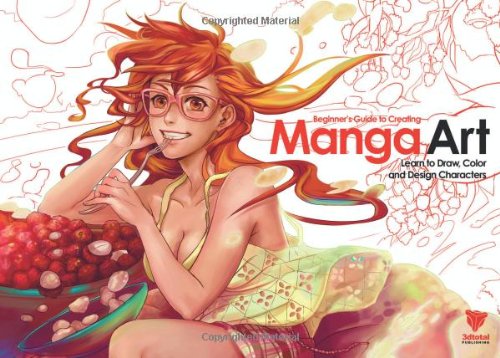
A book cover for Beginner's Guide to Creating Manga Art: Learn to Draw, Color and Design Characters; Steven Cummings; Comics & Graphic Novels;